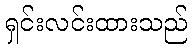
ရှင်းလင်းထားသည်